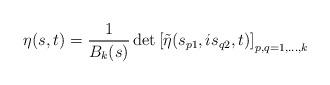
LaTeX: \begin{align*} \eta(s,t) = \frac{1}{B_k(s)} \, {\rm det}\left[ \tilde{\eta}(s_{p1},is_{q2},t)\right]_{p,q=1,\ldots,k}\end{align*}